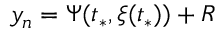
y _ { n } = \Psi ( t _ { * } , \xi ( t _ { * } ) ) + R